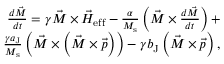
\begin{array} { r } { \frac { d \vec { M } } { d t } = \gamma \vec { M } \times \vec { H } _ { \mathrm { e f f } } - \frac { \alpha } { M _ { \mathrm { s } } } \left( \vec { M } \times \frac { d \vec { M } } { d t } \right) + } \\ { \frac { \gamma a _ { \mathrm { J } } } { M _ { \mathrm { s } } } \left( \vec { M } \times \left( \vec { M } \times \vec { p } \right) \right) - \gamma b _ { \mathrm { J } } \left( \vec { M } \times \vec { p } \right) , } \end{array}